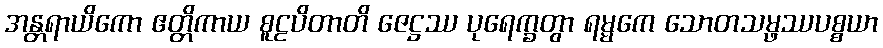
အန္တရာယိကော ဧတ္တိကာယ စူဠပိတာတိ ဇေဋ္ဌဿ ပုရေက္ခတွာ ရမ္မကေ သောတသမ္ဖဿပစ္စယာ